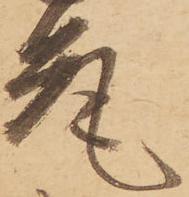
允